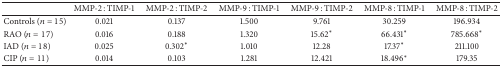
<table><thead><tr><td><b> </b></td><td><b>MMP-2 : TIMP-1</b></td><td><b>MMP-2 : TIMP-2</b></td><td><b>MMP-9 : TIMP-1</b></td><td><b>MMP-9 : TIMP-2</b></td><td><b>MMP-8 : TIMP-1</b></td><td><b>MMP-8 : TIMP-2</b></td></tr></thead><tbody><tr><td>Controls (<i>n</i> = 15)</td><td>0.021</td><td>0.137</td><td>1.500</td><td>9.761</td><td>30.259</td><td>196.934</td></tr><tr><td>RAO (<i>n</i> = 17)</td><td>0.016</td><td>0.188</td><td>1.320</td><td>15.62<sup><i>∗</i></sup></td><td>66.431<sup><i>∗</i></sup></td><td>785.668<sup><i>∗</i></sup></td></tr><tr><td>IAD (<i>n</i> = 18)</td><td>0.025</td><td>0.302<sup><i>∗</i></sup></td><td>1.010</td><td>12.28</td><td>17.37<sup><i>∗</i></sup></td><td>211.100</td></tr><tr><td>CIP (<i>n</i> = 11)</td><td>0.014</td><td>0.103</td><td>1.281</td><td>12.421</td><td>18.496<sup><i>∗</i></sup></td><td>179.35</td></tr></tbody></table>